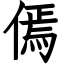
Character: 傿